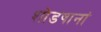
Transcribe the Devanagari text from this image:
शोडषानां